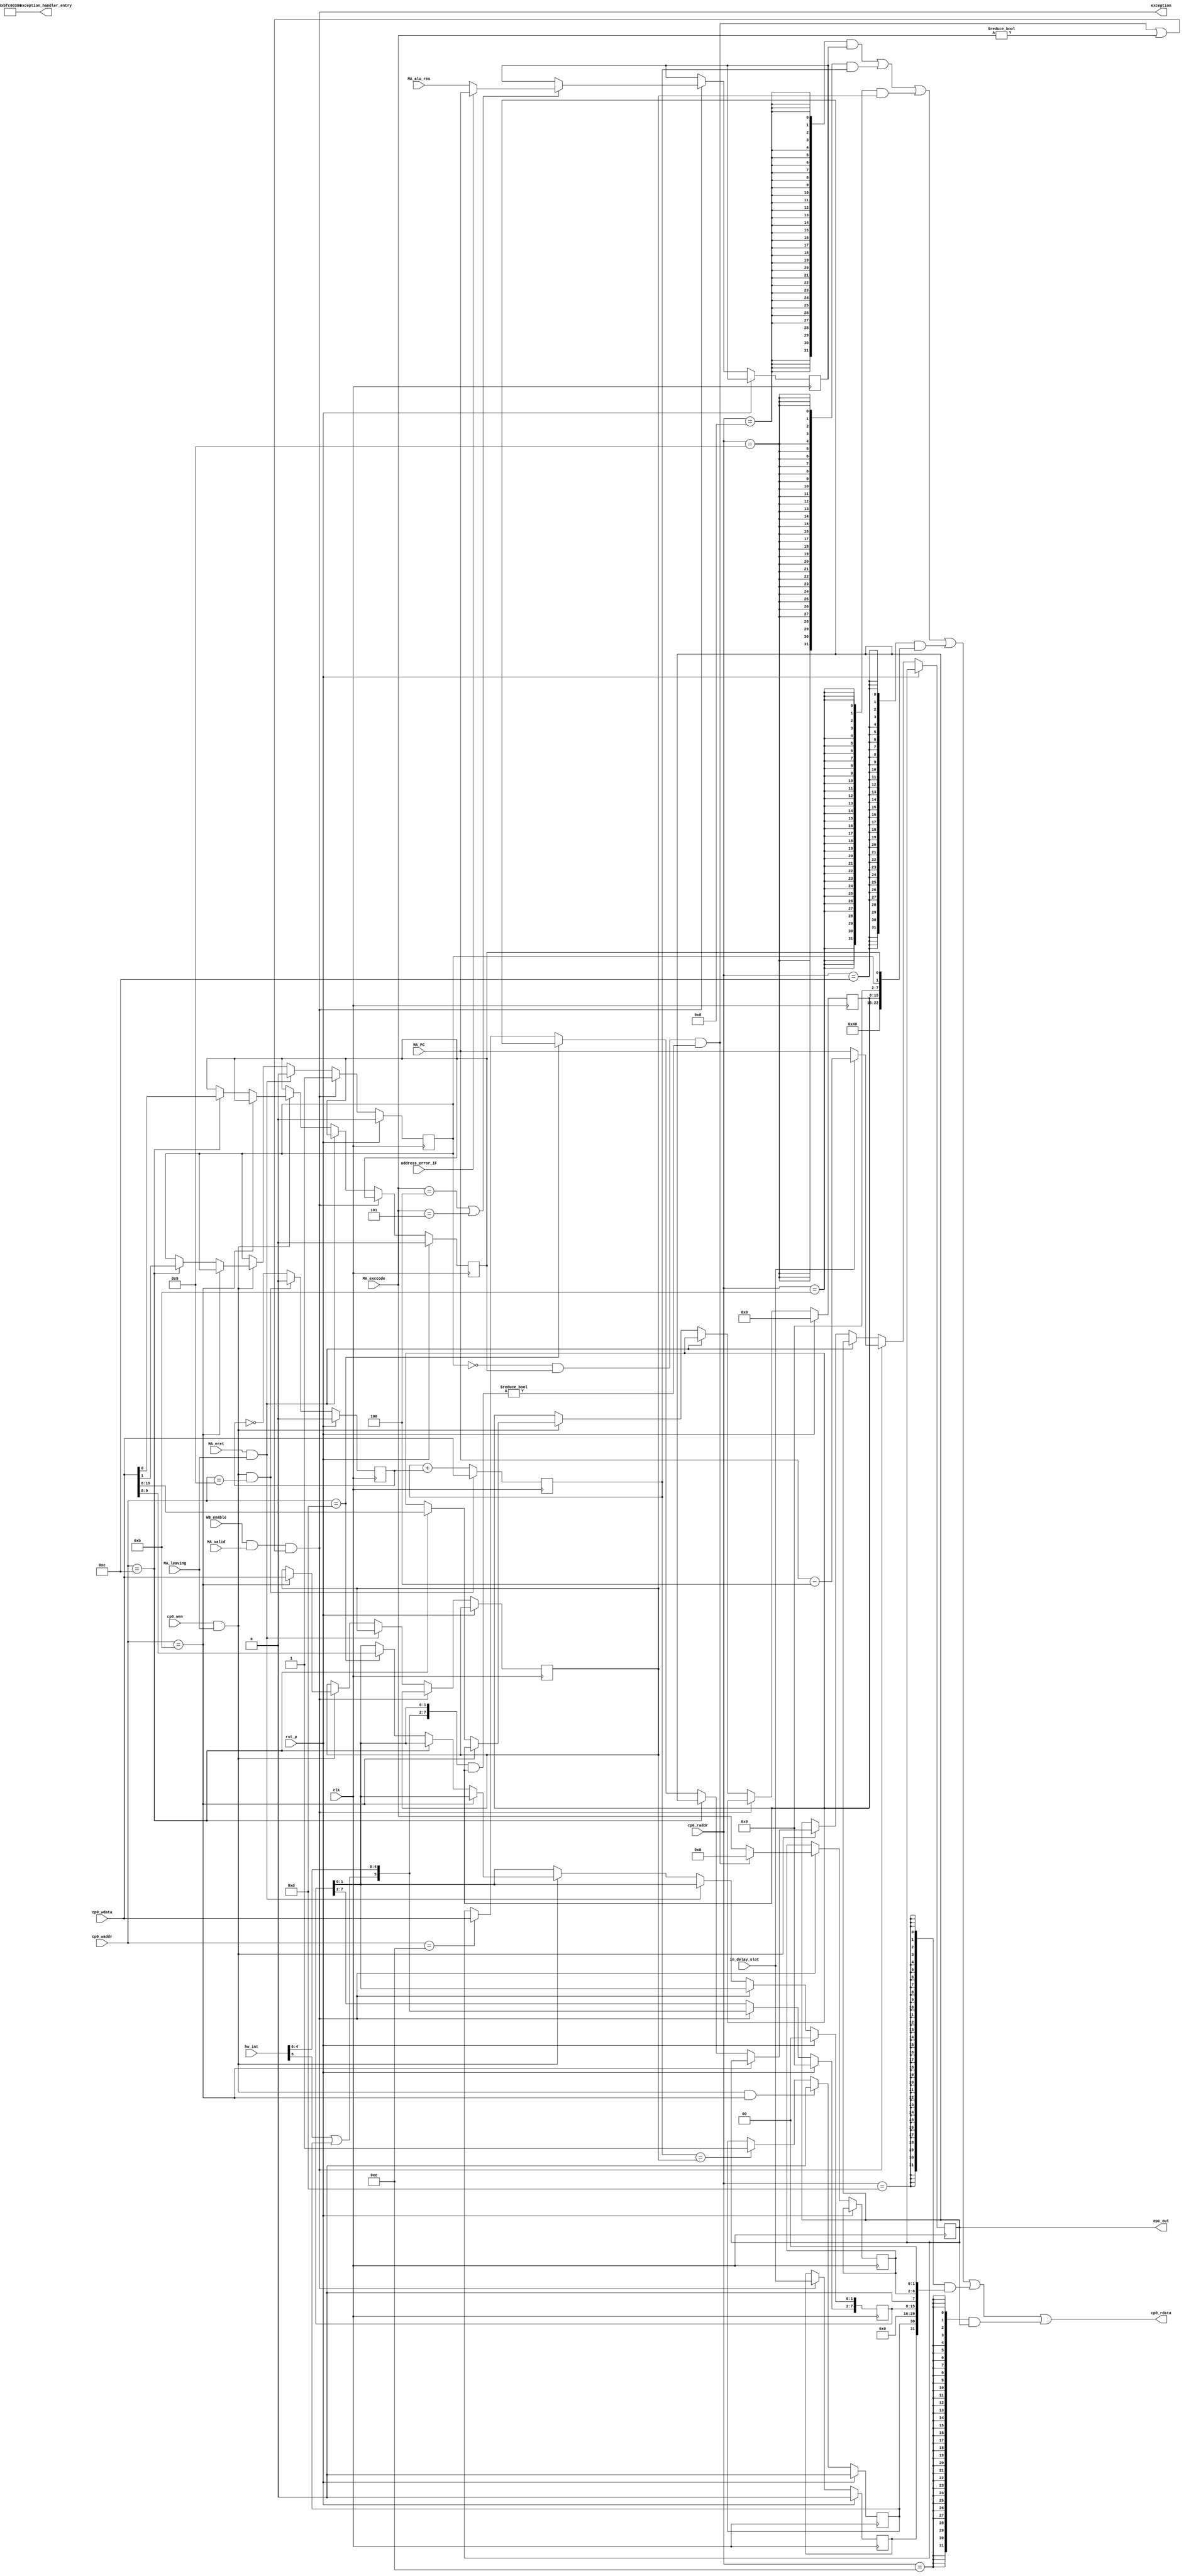
`define CP0_BADVADDR 8
`define CP0_COUNT    9
`define CP0_COMPARE  11
`define CP0_STATUS   12
`define CP0_CAUSE    13
`define CP0_EPC      14

module exception(
    input clk,
    input rst_p,

    input [5 : 0] hw_int,

    input MA_leaving,
    input MA_valid,
    input [6 :  2] MA_exccode,
    input MA_eret,
    input [31 : 0] MA_PC,
    input [31 : 0] MA_alu_res,

    input WB_enable,

    output exception,
    output [31 : 0] exception_handler_entry,
    output [31 : 0] epc_out,

    input in_delay_slot,
    input address_error_IF,

    input  [4 :  0] cp0_raddr,
    output [31 : 0] cp0_rdata,

    input cp0_wen,
    input [4 :  0] cp0_waddr,
    input [31 : 0] cp0_wdata
);

//-----CP0_REGS-----
reg [31 : 0] badvaddr;
reg [31 : 0] count;
reg [31 : 0] compare;
reg [31 : 0] epc;

wire [22 : 22] status_bev = 1'b1;
reg  [15 :  8] status_im;
reg  [ 1 :  1] status_exl;
reg  [ 0 :  0] status_ie;

wire [31 : 0] status = {9'd0, status_bev, 6'd0, status_im, 6'd0, status_exl, status_ie};

reg [31 : 31] cause_bd;
reg [30 : 30] cause_ti;
reg [15 :  8] cause_ip;
reg [ 6 :  2] cause_exccode;

wire [31 : 0] cause = {cause_bd, cause_ti, 14'd0, cause_ip, 1'd0, cause_exccode, 2'd0};
//-----CP0_REGS-----

assign epc_out = epc;

wire int_taken = !status_exl && status_ie &&
                 ( ({hw_int[5] | cause_ti, hw_int[4:0], cause_ip[9:8]} & status_im) != 8'd0 );
assign exception = WB_enable && MA_valid && (int_taken || (MA_exccode != 5'd0));

assign exception_handler_entry = 32'hbfc0_0380;

assign cp0_rdata = ( {32{( cp0_raddr == `CP0_BADVADDR )}} & badvaddr ) |
                   ( {32{( cp0_raddr == `CP0_COUNT    )}} & count    ) |
                   ( {32{( cp0_raddr == `CP0_COMPARE  )}} & compare  ) |
                   ( {32{( cp0_raddr == `CP0_STATUS   )}} & status   ) |
                   ( {32{( cp0_raddr == `CP0_CAUSE    )}} & cause    ) |
                   ( {32{( cp0_raddr == `CP0_EPC      )}} & epc      ) ;

//todo : if-else
always @(posedge clk)
begin
    if(rst_p)
    begin
        status_im  <= 8'd0;
        status_exl <= 1'd0;
        status_ie  <= 1'd0;
        cause_bd   <= 1'd0;
        cause_ip   <= 8'd0;
    end
    else if(exception)
    begin
        cause_bd        <= in_delay_slot;
        cause_exccode   <= int_taken ? 5'd0 : MA_exccode;
        status_exl      <= 1'd1;
        epc             <= in_delay_slot ? MA_PC - 32'd4 : MA_PC;
        cause_ip[15:10] <= {hw_int[5] | cause_ti, hw_int[4:0]};
        if(MA_exccode == 5'h04 || MA_exccode == 5'h05)
            badvaddr <= address_error_IF ? MA_PC : MA_alu_res;
        else ;
    end
    else if(MA_eret && MA_leaving)
    begin
        status_exl <= 1'b0;
    end
    else if(cp0_wen && MA_leaving)
    begin
        if(cp0_waddr == `CP0_COMPARE)
            compare <= cp0_wdata;
        else if(cp0_waddr == `CP0_STATUS)
        begin
            status_im  <= cp0_wdata[15:8];
            status_exl <= cp0_wdata[1];
            status_ie  <= cp0_wdata[0];
        end
        else if(cp0_waddr == `CP0_CAUSE)
            cause_ip[9:8] <= cp0_wdata[9:8];
        else if(cp0_waddr == `CP0_EPC)
            epc <= cp0_wdata;
        else ;
    end
    else ;

    if(rst_p)
        cause_ti <= 1'd0;
    else if(cp0_wen && MA_leaving && cp0_waddr == `CP0_COMPARE)
        cause_ti <= 1'd0;
    else if(count == compare)
        cause_ti <= 1'd1;
    else ;
end

reg count_add_flag;

always @(posedge clk)
begin
    if(rst_p)
        count_add_flag <= 1'd0;
    else if(cp0_wen && MA_leaving && cp0_waddr == `CP0_COUNT)
        count_add_flag <= 1'd0;
    else
        count_add_flag <= !count_add_flag;
end

always @(posedge clk)
begin
    if(cp0_wen && MA_leaving && cp0_waddr == `CP0_COUNT)
        count <= cp0_wdata;
    else
        count <= count + {31'd0, count_add_flag};
end

endmodule